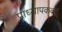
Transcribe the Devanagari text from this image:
प्राध्यापकवर्ग